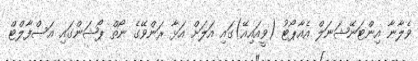
ވެލާނާ އިންޓަނޭޝަނަލް އެއާޕޯޓު (ވީއައިއޭ)ގައި އަލަށް އަޅާ ރަންވޭގެ ނޯތް ޕޯޝަންގައި އަސްފާލްޓް